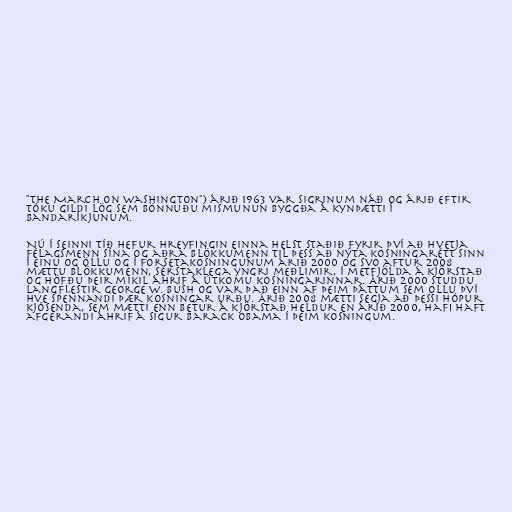
"the March on Washington") árið 1963 var sigrinum náð og árið eftir
tóku gildi lög sem bönnuðu mismunun byggða á kynþætti í
Bandaríkjunum.

Nú í seinni tíð hefur hreyfingin einna helst staðið fyrir því að hvetja
félagsmenn sína og aðra blökkumenn til þess að nýta kosningarétt sinn
í einu og öllu og í forsetakosningunum árið 2000 og svo aftur 2008
mættu blökkumenn, sérstaklega yngri meðlimir, í metfjölda á kjörstað
og höfðu þeir mikil áhrif á útkomu kosningarinnar. Árið 2000 studdu
langflestir George W. Bush og var það einn af þeim þáttum sem ollu því
hve spennandi þær kosningar urðu. Árið 2008 mætti segja að þessi hópur
kjósenda, sem mætti enn betur á kjörstað heldur en árið 2000, hafi haft
afgerandi áhrif á sigur Barack Obama í þeim kosningum.